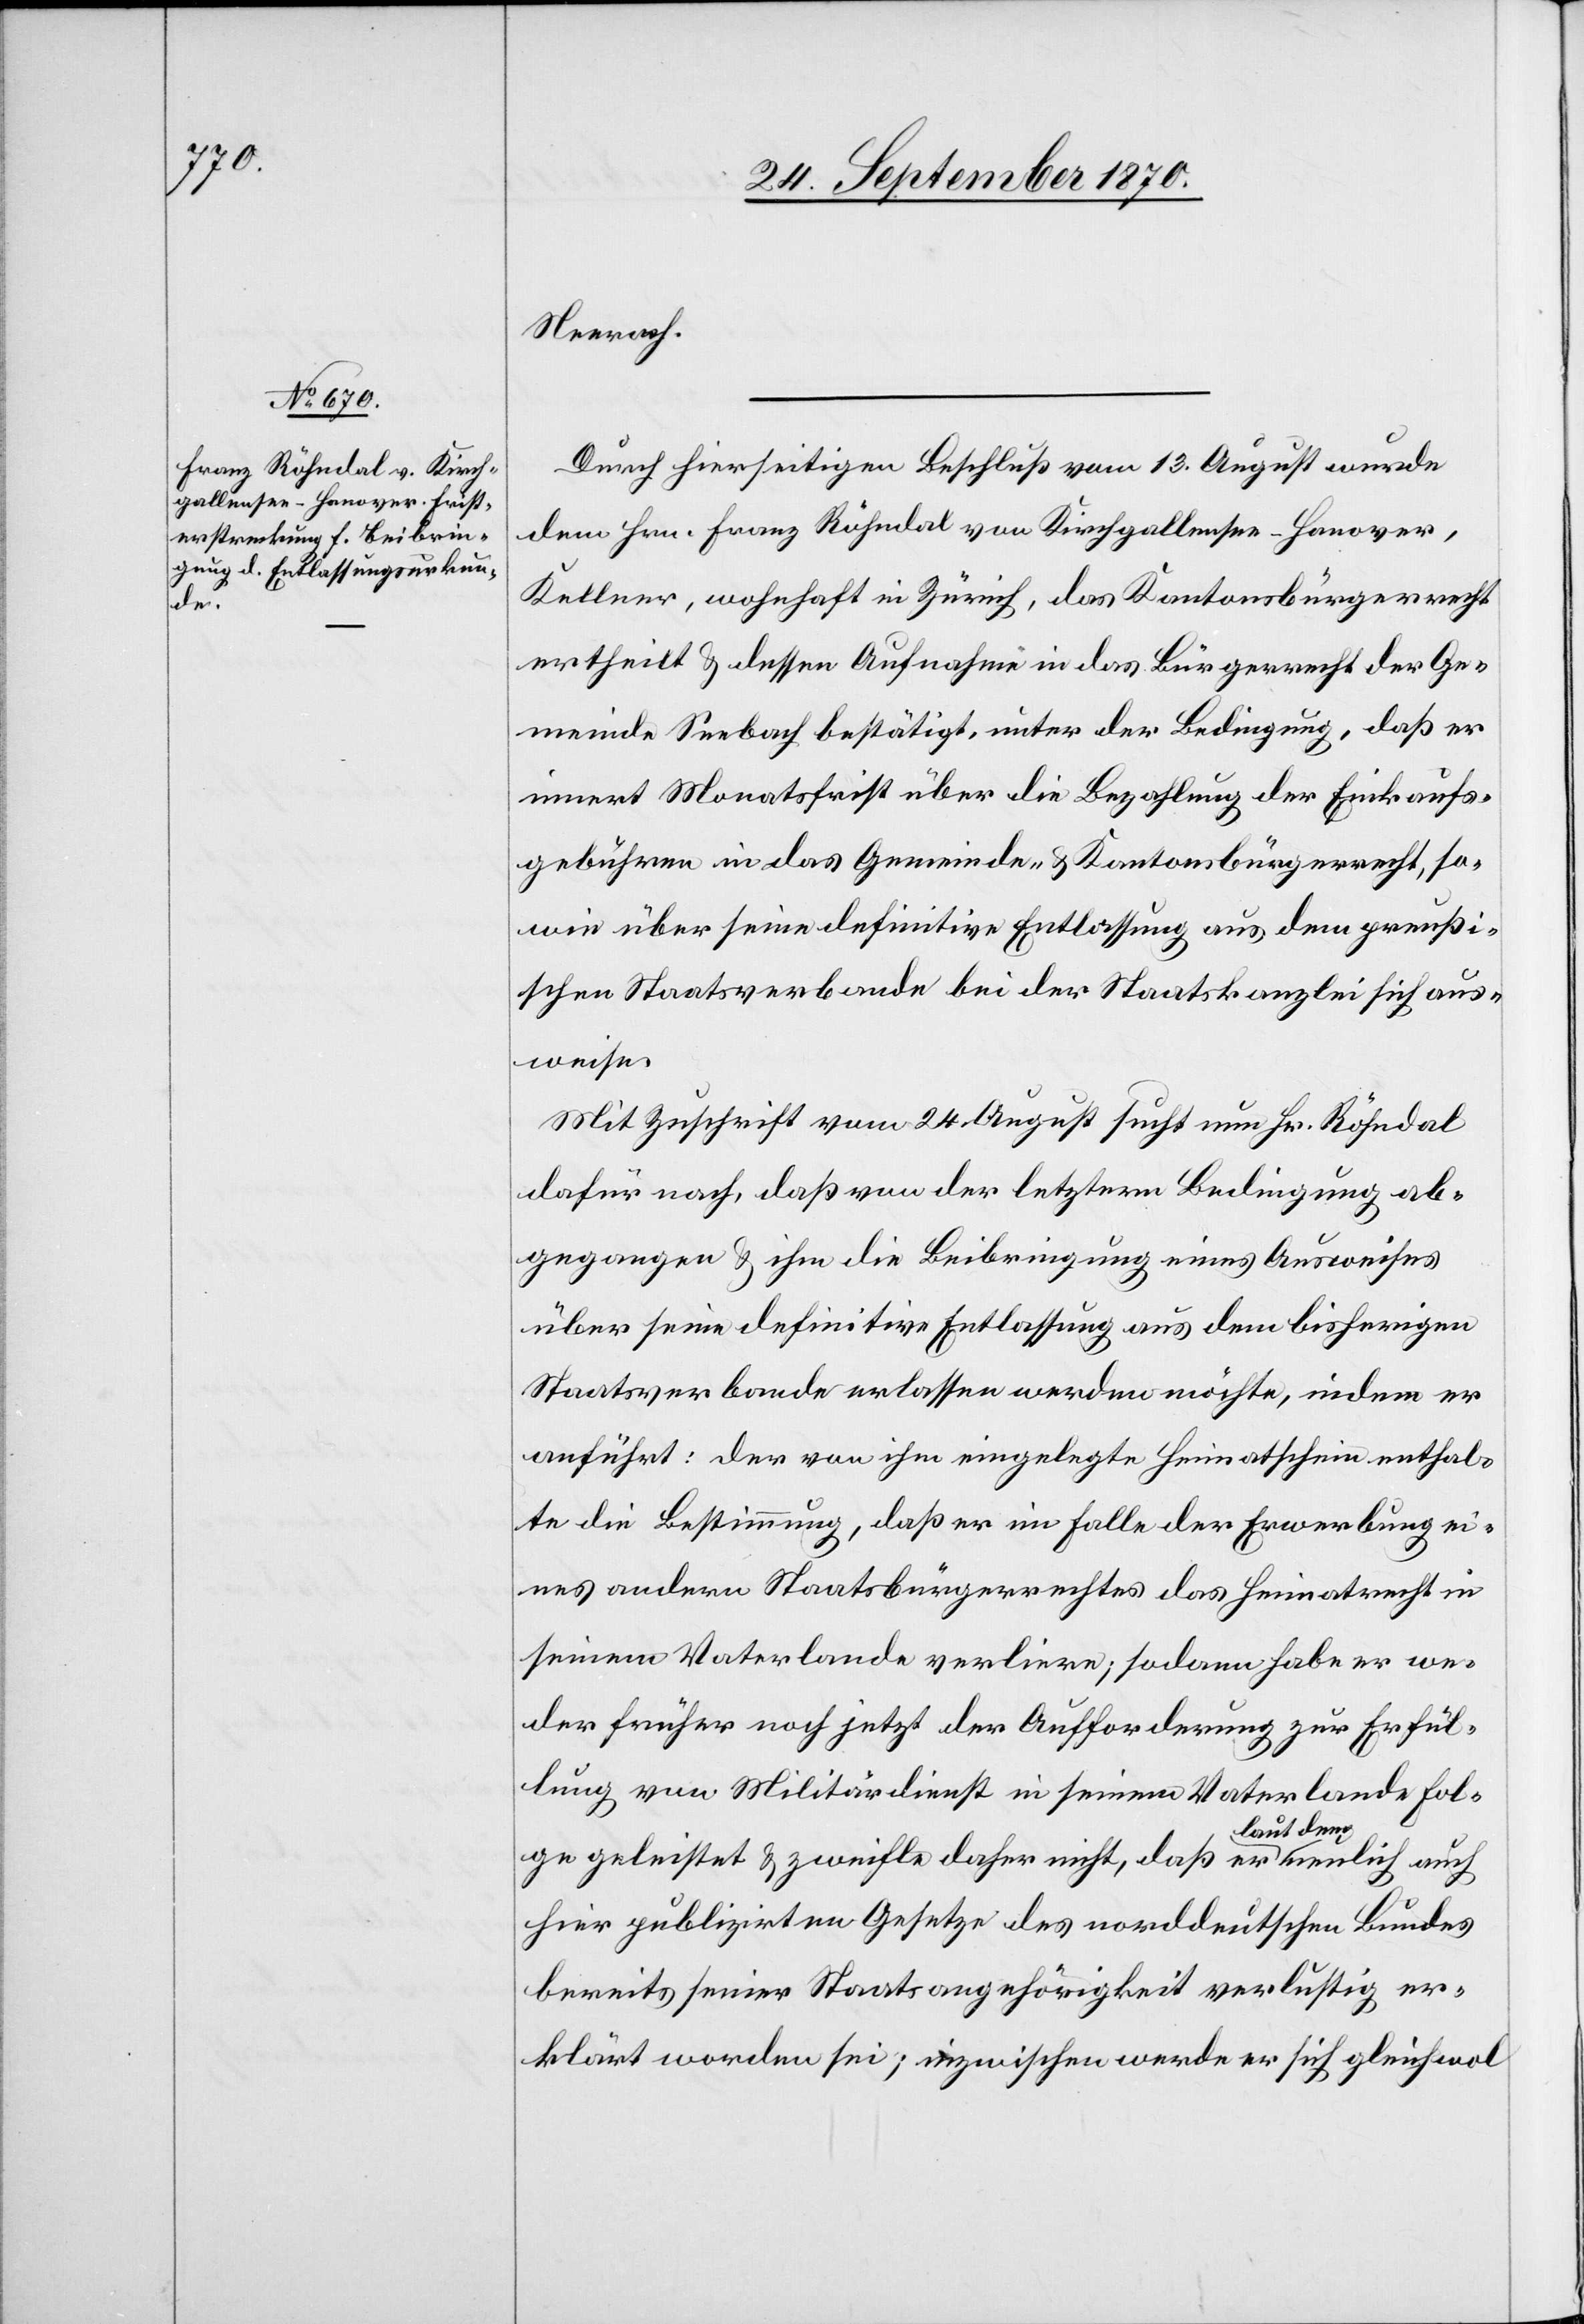
Neerach.
Durch hierseitigen Beschluß vom 13. August wurde
dem Hrn. Franz Röhndal von Kirchgallensee - Hanover,
Kellner, wohnhaft in Zürich, das Kantonsbürgerrecht
ertheilt & dessen Aufnahme in das Bürgerrecht der Ge¬
meinde Seebach bestätigt, unter der Bedingung, daß er
innert Monatsfrist über die Bezahlung der Einkaufs¬
gebühren in das Gemeinde- & Kantonsbürgerrecht, so¬
wie über seine definitive Entlassung aus dem preußi¬
schen Staatsverbande bei der Staatskanzlei sich aus¬
weise.
Mit Zuschrift vom 24. August sucht nun Hr. Röhndal
dafür nach, daß von der letztern Bedingung ab¬
gegangen & ihm die Beibringung eines Ausweises
über seine definitive Entlassung aus dem bisherigen
Staatsverbande erlassen werden möchte, indem er
anführt: der von ihm eingelegte Heimatschein enthal¬
te die Bestimmung, daß er im Falle der Erwerbung ei¬
nes andern Staatsbürgerrechtes das Heimatrecht in
seinem Vaterlande verliere; sodann habe er we¬
der früher noch jetzt der Aufforderung zur Erfül¬
lung von Militärdienst in seinem Vaterlande Fol¬
ge geleistet & zweifle daher nicht, daß er a-laut
hier publizirten Gesetze des norddeutschen Bundes
bereits seiner Staatsangehörigkeit verlustig er¬
klärt worden sei; inzwischen werde er sich gleichwol